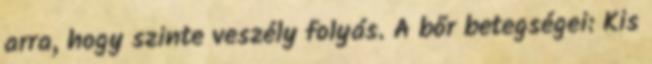
arra, hogy szinte veszély folyás. A bőr betegségei: Kis